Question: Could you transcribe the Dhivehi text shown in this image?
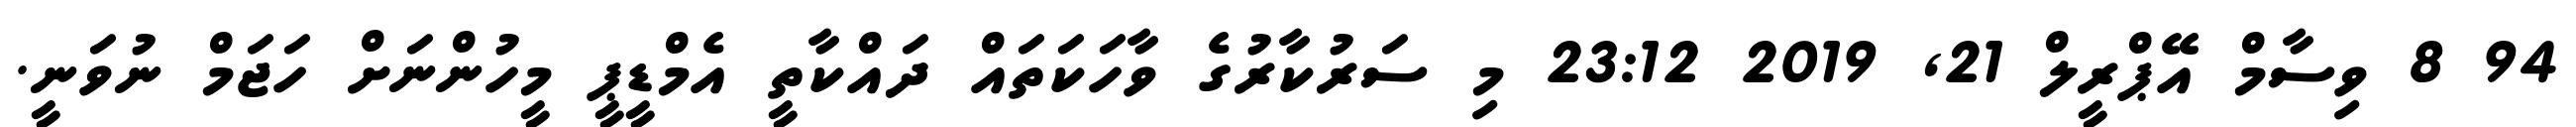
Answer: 94 8 ވިސާމް އޭޕްރީލް 21, 2019 23:12 މި ސަރުކާރުގެ ވާހަކަތައް ދައްކާތީ އެމްޑީޕީ މީހުންނަށް ހަޖަމް ނުވަނީ.